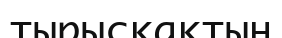
тырысқақтың